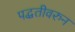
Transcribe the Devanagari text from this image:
पद्धतीवरुन